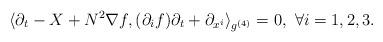
LaTeX: \begin{align*}\langle \partial_t-X+N^2\nabla f,(\partial_if)\partial_t+\partial_{x^i}\rangle_{g^{(4)}}=0,~\forall i=1,2,3.\end{align*}